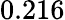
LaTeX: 0.216